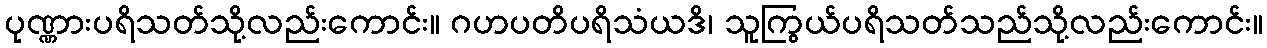
ပုဏ္ဏားပရိသတ်သို့လည်းကောင်း။ ဂဟပတိပရိသံယဒိ၊ သူကြွယ်ပရိသတ်သည်သို့လည်းကောင်း။